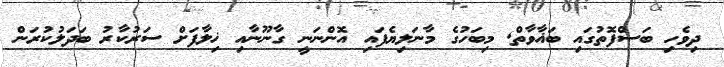
ދިވެހި ބަސްފޮތުގައި ބަޣާވާތް